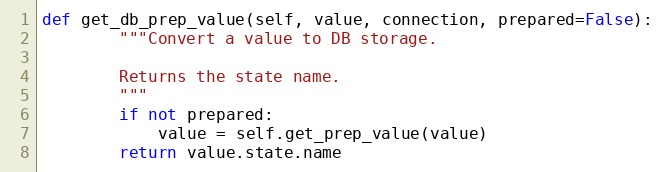
Language: Python
def get_db_prep_value(self, value, connection, prepared=False):
        """Convert a value to DB storage.

        Returns the state name.
        """
        if not prepared:
            value = self.get_prep_value(value)
        return value.state.name